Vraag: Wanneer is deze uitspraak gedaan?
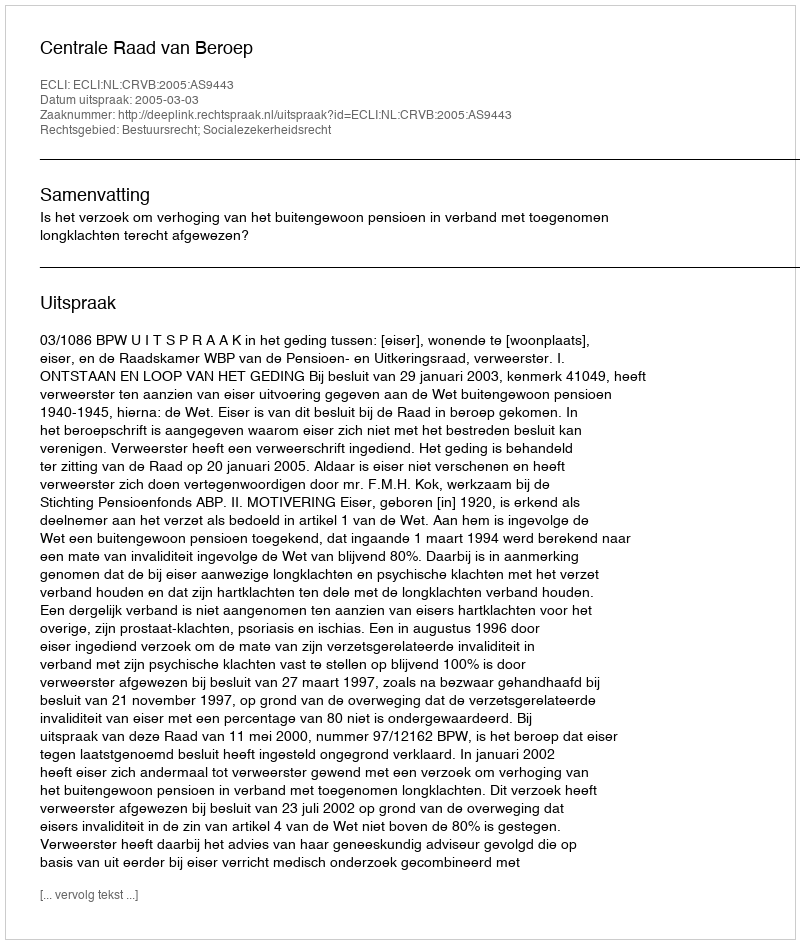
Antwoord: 2005-03-03